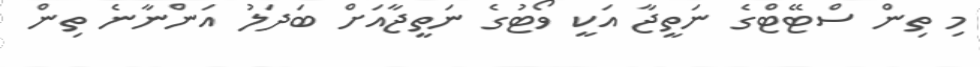
މި ތިން ސްޓޭޓްގެ ނަތީޖާ އަކީ ވޯޓުގެ ނަތީޖާއަށް ބަދަލު އަންނާނެ ތިން